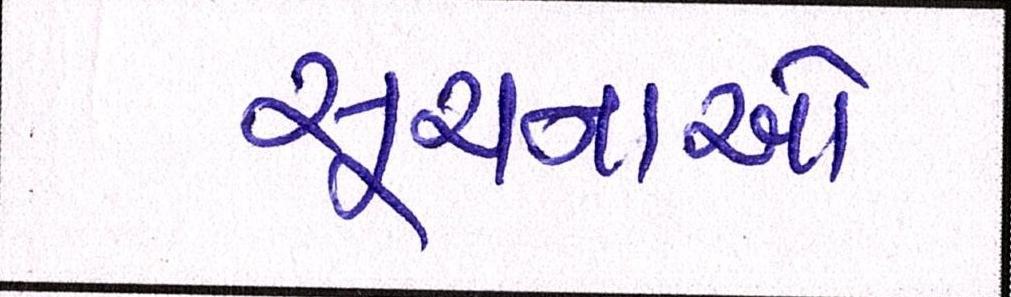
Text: સૂચનાઓ